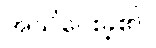
အသိပေးခဲ့၏။